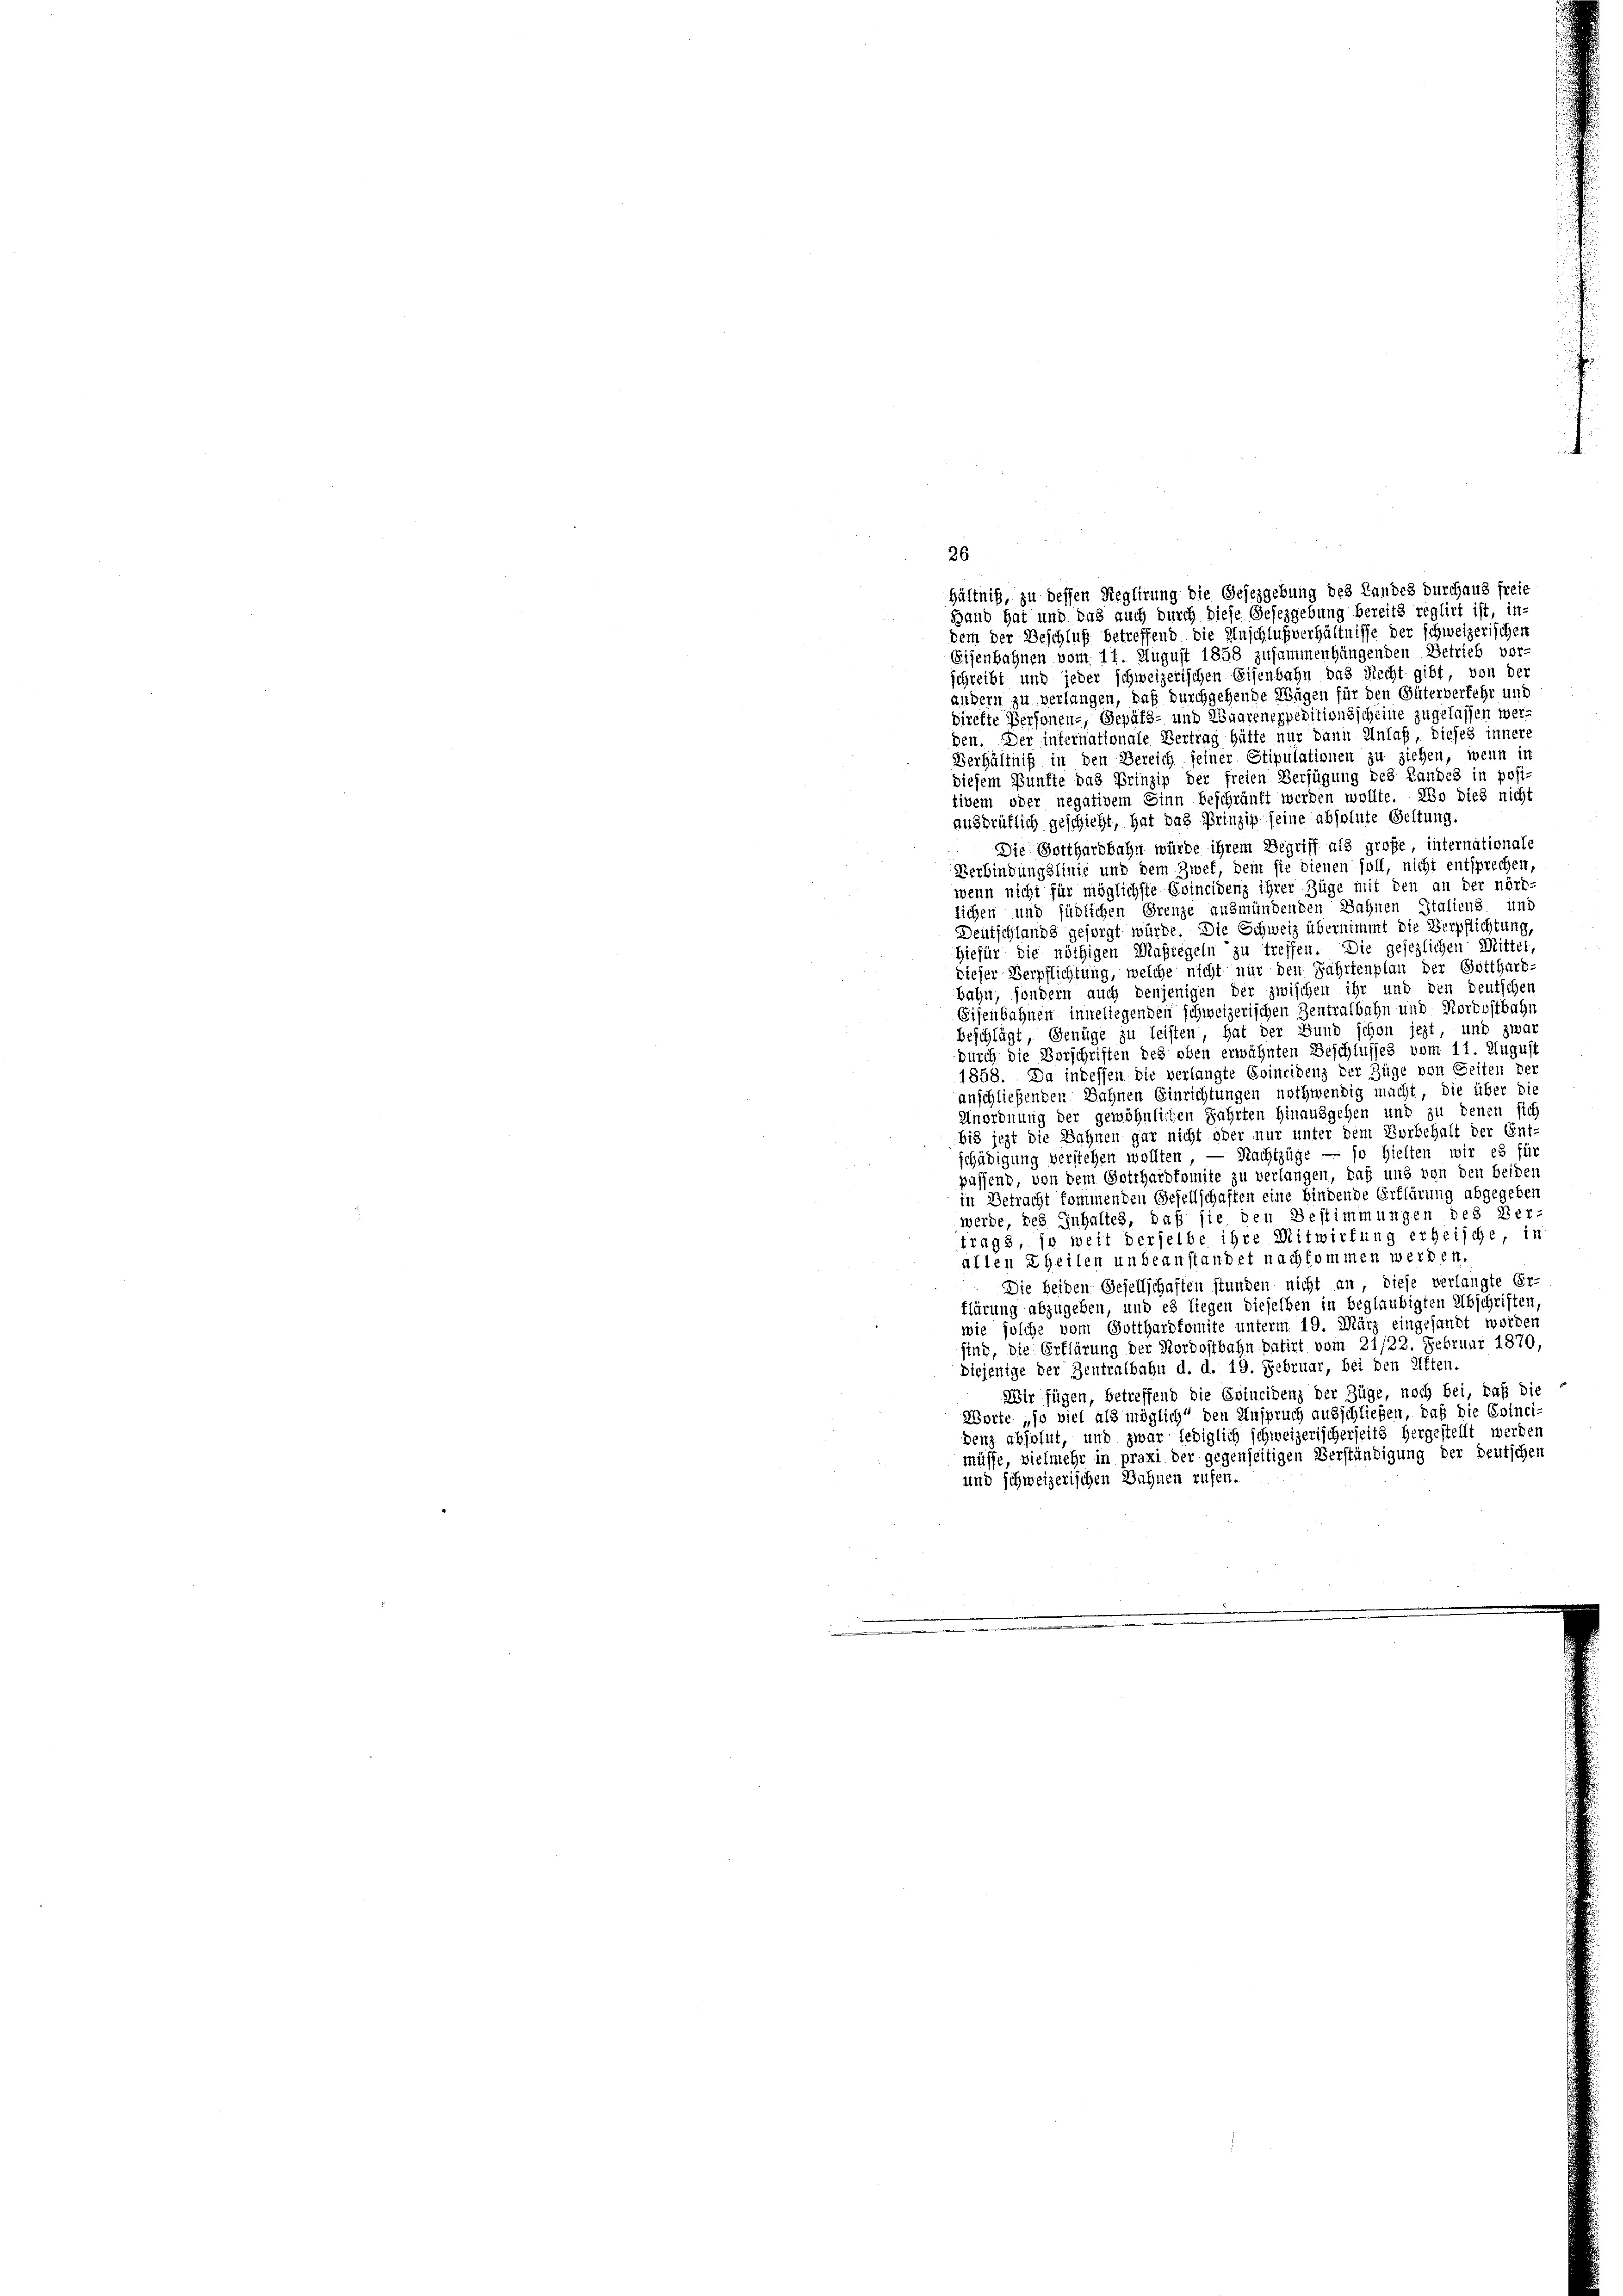
dem der Beschluß betreffend die Anschlußverhältnisse der schweizerischen
Eisenbahnen vom 11. August 1858 zusammenhängenden Betrieb vor
schreibt und jeder schweizerischen Eisenbahn das Recht gibt, von der
andern zu verlangen, daß durchgehende Wägen für den Güterverkehr und
direkte Personen-, Gepäts- und Waarenexpeditionsscheine zugelassen werden. Der internationale Vertrag hätte nur dann Unlaß, dieses innere
Verhältniß in den Bereich seiner Stipulationen zu ziehen, wenn in
diesem Bunfte das Prinzip der freien Verfügung des Landes in post.
tivem oder negativem Sinn beschräuft werden wollte. Wo dies nicht
ausdrütlich geschieht, hat das Prinzip seine absolute Geltung
Die Gotthardbahn würde ihrem Begriff als große, internationale
Verbindungslinie und dem Zwek, dem sie dienen soll, nicht entsprechen,
wenn nicht für möglichste Evincidenz ihrer Züge mit den an der nörd-
lichen und südlichen Grenze ausmündenden Sahnen Italiens und
Deutschlands gesorgt würde. Die Schweiz übernimmt die Verpflichtung,
Hiefür die nöthigen Maßregeln zu treffen. Die gesezlichen Mittel,
dieser Verpflichtung, welche nicht nur den Fahrtenplan der Gotthard-
Bahn, sondern auch denjenigen der zwischen ihr und den deutschen
Eisenbahnen inneliegenden schweizerischen Zentratbahn und Nordostbahn
beschlägt, Genüge zu leisten, hat der Bund schon jezt, und zwar
durch die Vorschriften des oben erwähnten Beschlusses vom 11. August
1858. Da indessen die verlangte Erincidenz der Züge von Seiten der
anschließenden Sahnen Einrichtungen nothwendig macht, die über die
Unordnung der gewöhnlichen Fahrten hinausgehen und zu denen sic
bis jezt die Bahnen gar nicht oder nur unter dem Borbehalt der Ent-
schädigung verstehen wollten, — Nachtzüge — so hielten wir es für
passend, von dem Gotthardkomite zu verlangen, daß und von den beiden
in Betracht kommenden Gesellschaften eine bindende Erklärung abgegeben
werde, des Inhaltes, daß sie den Bestimmungen des Vertrags in weit derselbe ihre Mitwirkung erheische, in
allen Theilen unbeanstandet nachkommen werden.
Die beiden Gesellschaften stunden nicht an, diese verlangte Er-
flärung abzugeben, und es liegen dieselben in beglaubigten Abschriften,
wie solche vom Gotthardkomite unterm 19. März eingesandt worden
sind, die Erklärung der Nordostbahn datirt vom 21/22. Februar 1870,
Diejenige der Zentralbahn d. d. 19. Februar, bei den Alten.
Wir fügen, betreffend die Evincidenz der Züge, noch bei, daß die
Worte „so viel als möglich den Anspruch ausschließen, daß die Evinci-
benz absolut, und zwar lediglich schweizerischerseits hergestellt werden
müsse, vielmehr in praxi der gegenseitigen Verständigung der deutschen
und schweizerischen Bahnen rufen.

26
hältniß, zu dessen Reglirung die Gesezgebung des Landes durchaus freie
Hand hat und das auch durch diese Gesezgebung bereits reglirt ist, in-